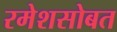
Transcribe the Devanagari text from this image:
रमेशसोबत